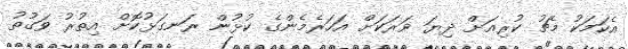
އެކަމަކު މެޗު ކުރިއަށް ދިޔަ ވަރަކަށް އަހަރެމެންގެ ކުޅުން ރަނގަޅުކޮށް އިތުރު ވަގުތު